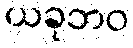
ယခုဘဝ